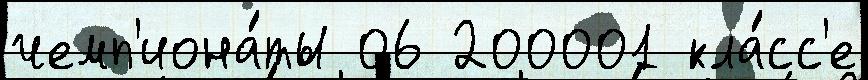
чемп'иона́ты 06 200001 кла́сс'е